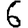
Digit: 6